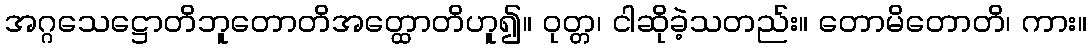
အဂ္ဂသေဋ္ဌောတိဘူတောတိအတ္ထောတိဟူ၍။ ဝုတ္တ၊ ငါဆိုခဲ့သတည်း။ တောမိတောတိ၊ ကား။